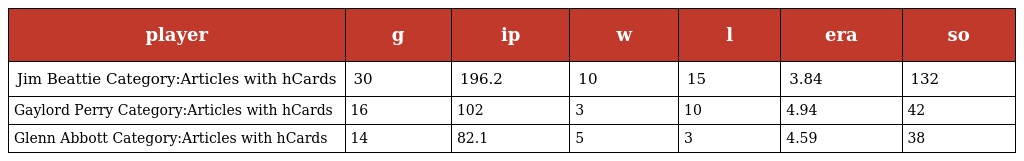
| player | g | ip | w | l | era | so |
 | --- | --- | --- | --- | --- | --- | --- |
 | Jim Beattie Category:Articles with hCards | 30 | 196.2 | 10 | 15 | 3.84 | 132 |
 | Gaylord Perry Category:Articles with hCards | 16 | 102 | 3 | 10 | 4.94 | 42 |
 | Glenn Abbott Category:Articles with hCards | 14 | 82.1 | 5 | 3 | 4.59 | 38 |